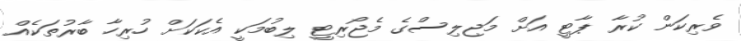
ވެރިކަން ކުރާ ޕާޓީ އަށް މަޖިލިސްގެ މެޖޯރިޓީ ލިބުމަކީ އެކަކަށް ހުރިހާ ބާރުތަކެއް